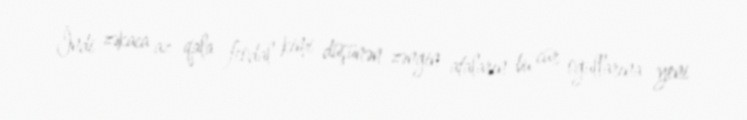
İndi zəkaca az qala feodal kimi düşünən zəngin ataların bu cür oğullarına yeni